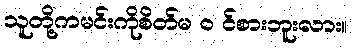
သူတို့ကမင်းကိုစိတ်မ ၀ င်စားဘူးလား။